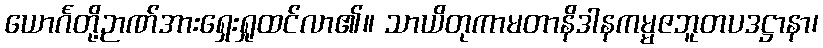
ယောင်္ဂတို့ဉာဏ်အားရှေးရှုထင်လာ၏။ သာယိတုကာမတာနိဒါနကမ္မဇဘူတပဒဋ္ဌာနာ၊